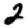
Digit: 2